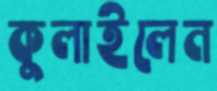
কুলাইলেন